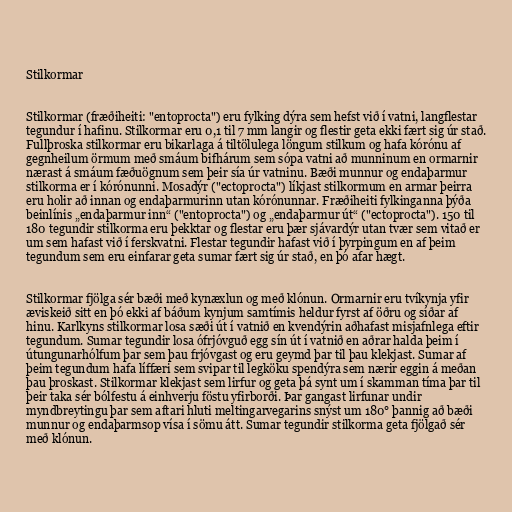
Stilkormar

Stilkormar (fræðiheiti: "entoprocta") eru fylking dýra sem hefst við í vatni, langflestar
tegundur í hafinu. Stilkormar eru 0,1 til 7 mm langir og flestir geta ekki fært sig úr stað.
Fullþroska stilkormar eru bikarlaga á tiltölulega löngum stilkum og hafa kórónu af
gegnheilum örmum með smáum bifhárum sem sópa vatni að munninum en ormarnir
nærast á smáum fæðuögnum sem þeir sía úr vatninu. Bæði munnur og endaþarmur
stilkorma er í kórónunni. Mosadýr ("ectoprocta") líkjast stilkormum en armar þeirra
eru holir að innan og endaþarmurinn utan kórónunnar. Fræðiheiti fylkinganna þýða
beinlínis „endaþarmur inn“ ("entoprocta") og „endaþarmur út“ ("ectoprocta"). 150 til
180 tegundir stilkorma eru þekktar og flestar eru þær sjávardýr utan tvær sem vitað er
um sem hafast við í ferskvatni. Flestar tegundir hafast við í þyrpingum en af þeim
tegundum sem eru einfarar geta sumar fært sig úr stað, en þó afar hægt.

Stilkormar fjölga sér bæði með kynæxlun og með klónun. Ormarnir eru tvíkynja yfir
æviskeið sitt en þó ekki af báðum kynjum samtímis heldur fyrst af öðru og síðar af
hinu. Karlkyns stilkormar losa sæði út í vatnið en kvendýrin aðhafast misjafnlega eftir
tegundum. Sumar tegundir losa ófrjóvguð egg sín út í vatnið en aðrar halda þeim í
útungunarhólfum þar sem þau frjóvgast og eru geymd þar til þau klekjast. Sumar af
þeim tegundum hafa líffæri sem svipar til legköku spendýra sem nærir eggin á meðan
þau þroskast. Stilkormar klekjast sem lirfur og geta þá synt um í skamman tíma þar til
þeir taka sér bólfestu á einhverju föstu yfirborði. Þar gangast lirfunar undir
myndbreytingu þar sem aftari hluti meltingarvegarins snýst um 180° þannig að bæði
munnur og endaþarmsop vísa í sömu átt. Sumar tegundir stilkorma geta fjölgað sér
með klónun.